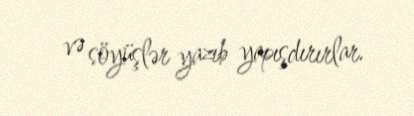
və söyüşlər yazıb yapışdırırlar.